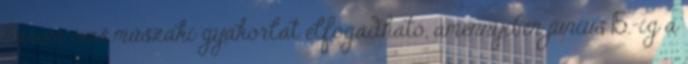
három éves műszaki gyakorlat elfogadható, amennyiben június 15.-ig a